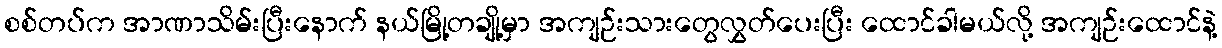
စစ်တပ်က အာဏာသိမ်းပြီးနောက် နယ်မြို့တချို့မှာ အကျဉ်းသားတွေလွှတ်ပေးပြီး ထောင်ခါမယ်လို့ အကျဉ်းထောင်နဲ့